Indian journal of veterinary science and animal husbandry - Volumes 15-17, 1948-1951
Year: 1948
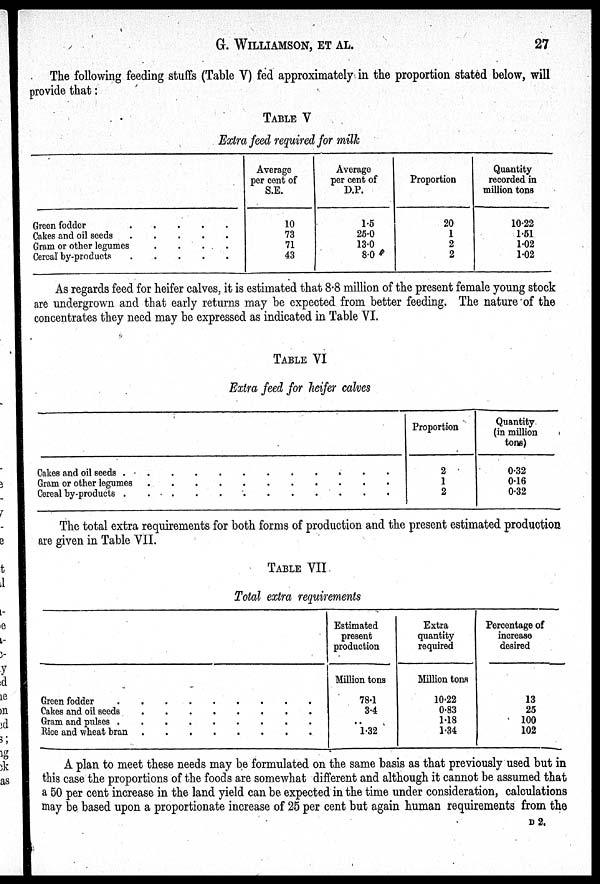
G. WILLIAMSON,
ET
AL.
27
The following feeding stuffs (Table V) fed approximately in the proportion stated below, will
provide that:
TABLE V
Extra feed required for milk
Green fodder
.
.
.
.
.
Cakes and oil seeds
.
.
.
.
.
Gram or other legumes
.
.
.
.
.
Cereal by-products
.
.
.
.
.
Average
per cent of
S.E.
10
73
71
43
Average
per cent of
D.P.
1.5
25.0
13.0
8.0
Proportion
20
1
2
2
Quantity
recorded in
million tons
10.22
1.51
1.02
1.02
As regards feed for heifer calves, it is estimated that 8.8 million of the present female young stock
are undergrown and that early returns may be expected from better feeding. The nature of the
concentrates they need may be expressed as indicated in Table VI.
TABLE VI
Extra feed for heifer calves
Cakes and oil seeds . . . . . . . . . . . .
Gram or other legumes . . . . . . . . . . . .
Cereal by-products . . . . . . . . . . . .
Proportion
2
1
2
Quantity
(in million
tons)
0.32
0.16
0.32
The total extra requirements for both forms of production and the present estimated production
are given in Table VII.
TABLE VII.
Total extra requirements
Green fodder . . . . . . . . .
Cakes and oil seeds . . . . . . . . .
Gram and pulses . . . . . . . . .
Rice and wheat bran . . . . . . . . .
Estimated
present
production
Million tons
78.1
3.4
1.32
Extra
quantity
required
Million tons
10.22
0.83
1.18
1.34
Percentage of
increase
desired
13
25
100
102
A plan to meet these needs may be formulated on the same basis as that previously used but in
this case the proportions of the foods are somewhat different and although it cannot be assumed that
a 50 per cent increase in the land yield can be expected in the time under consideration, calculations
may be based upon a proportionate increase of 25 per cent but again human requirements from the
D 2.